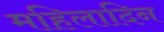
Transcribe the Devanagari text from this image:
महिलादिन